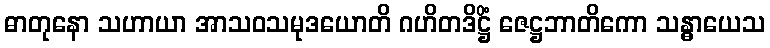
ဓာတုနော သဟာယာ အာသဝသမုဒယောတိ ဂဟိတဒိဋ္ဌိံ ဇေဋ္ဌဘာတိကော သန္ဓာယေသ